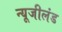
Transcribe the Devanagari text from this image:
न्यूजीलंड